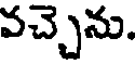
వచ్చెను.